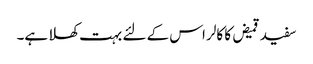
سفید قمیض کا کالر اس کے لئے بہت کھلا ہے۔